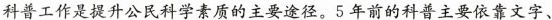
科普工作是提升公民科学素质的主要途径。5年前的科普主要依靠文字、